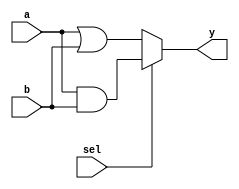
module combinational_logic (
    input wire [3:0] a,      // 4-bit input signal a
    input wire [3:0] b,      // 4-bit input signal b
    input wire sel,          // 1-bit select signal
    output reg [3:0] y       // 4-bit output signal y
);

// Always block for combinational logic
always @(*) begin
    // Combinational logic expression
    if (sel) begin
        y = a & b;           // AND operation when sel is high
    end else begin
        y = a | b;           // OR operation when sel is low
    end
end

endmodule